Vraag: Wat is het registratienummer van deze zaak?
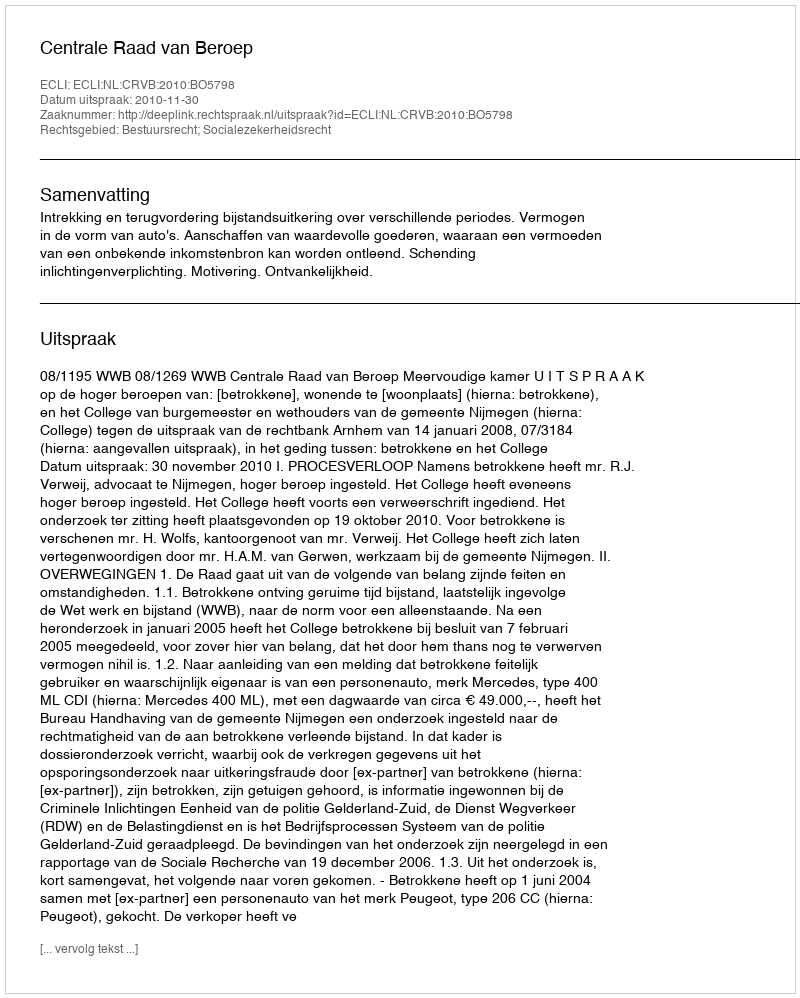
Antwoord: http://deeplink.rechtspraak.nl/uitspraak?id=ECLI:NL:CRVB:2010:BO5798